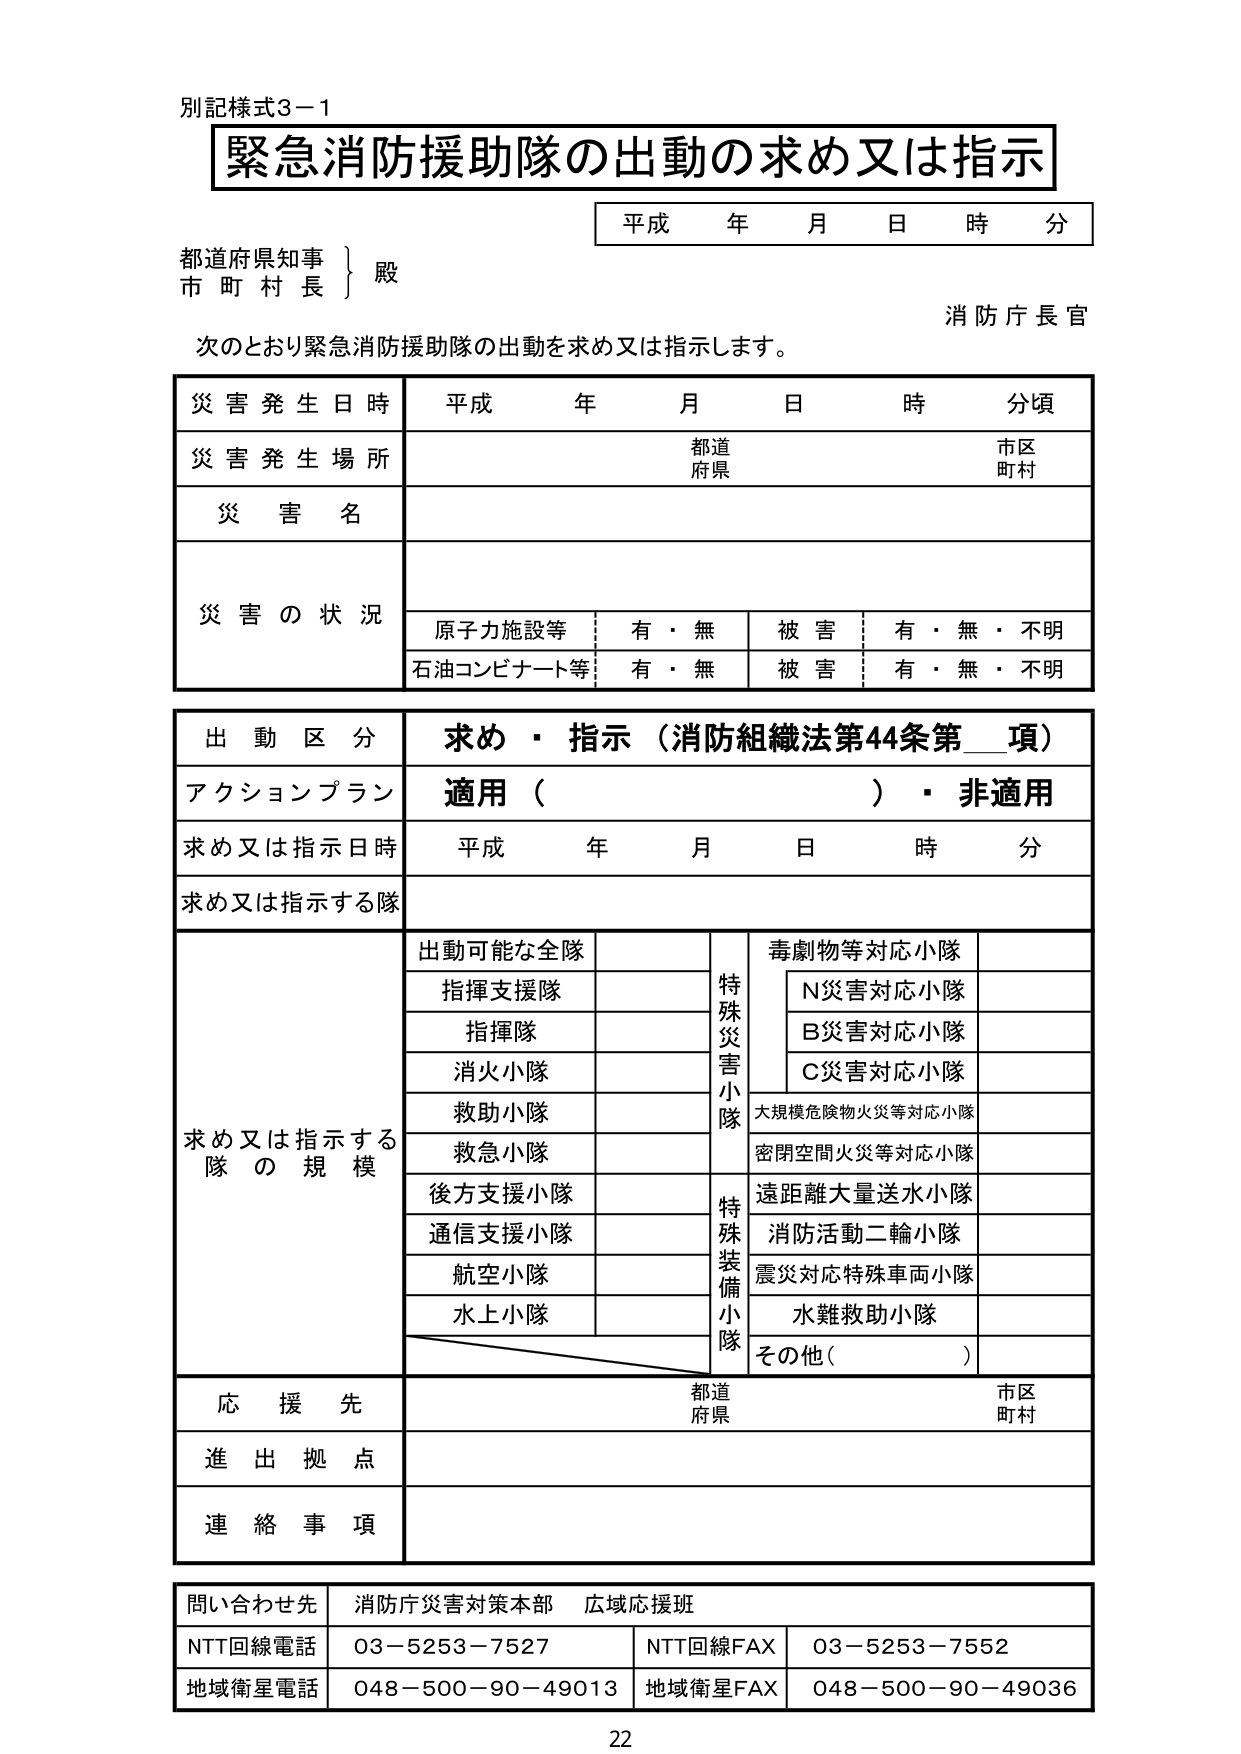
別記様式3－1
緊急消防援助隊の出動の求め又は指示
平成 年 月 日 時 分
都道府県知事 } 殿
市 町 村 長
消防庁長官
次のとおり緊急消防援助隊の出動を求め又は指示します。

災害発生日時 平成 年 月 日 時 分頃
災害発生場所 都道 市区
府県 町村
災害名
災害の状況
原子力施設等 有・無 被害 有・無・不明
石油コンビナート等 有・無 被害 有・無・不明

出動区分 求め・指示（消防組織法第44条第__項）
アクションプラン 適用（ ）・非適用
求め又は指示日時 平成 年 月 日 時 分
求め又は指示する隊

求め又は指示する隊の規模
出動可能な全隊
指揮支援隊
指揮隊
消火小隊
救助小隊
救急小隊
後方支援小隊
通信支援小隊
航空小隊
水上小隊
特殊災害小隊
毒劇物等対応小隊
N災害対応小隊
B災害対応小隊
C災害対応小隊
大規模危険物火災等対応小隊
密閉空間火災等対応小隊
特殊装備小隊
遠距離大量送水小隊
消防活動二輪小隊
震災対応特殊車両小隊
水難救助小隊
その他（ ）

応援先 都道 市区
府県 町村
進出拠点
連絡事項

問い合わせ先 消防庁災害対策本部 広域応援班
NTT回線電話 03－5253－7527 NTT回線FAX 03－5253－7552
地域衛星電話 048－500－90－49013 地域衛星FAX 048－500－90－49036

22